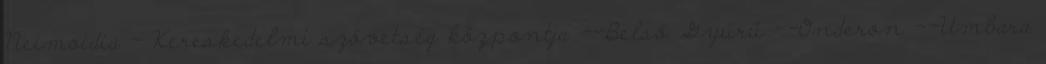
Neimoidia - Kereskedelmi szövetség központja --Belső Gyűrű --Onderon --Umbara